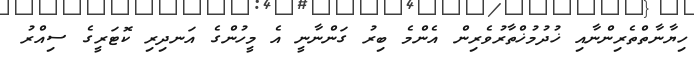
ހިޔާނާތްތެރިންނާއި ޚުދުމުޚްތާރުވެރިން އެންމެ ބިރު ގަންނާނީ އެ މީހުންގެ އަނދިރި ކޮޓަރީގެ ސިއްރު